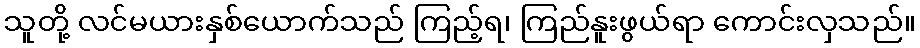
သူတို့ လင်မယားနှစ်ယောက်သည် ကြည့်ရ၊ ကြည်နူးဖွယ်ရာ ကောင်းလှသည်။